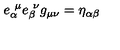
e _ { \alpha } ^ { \ \mu } e _ { \beta } ^ { \ \nu } g _ { \mu \nu } = \eta _ { \alpha \beta }